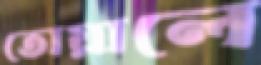
তোয়ালে